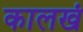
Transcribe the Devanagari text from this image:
कालखं